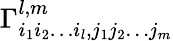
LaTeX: \Gamma_{i_{1}i_{2}\dots i_{l},j_{1}j_{2}\dots j_{m}}^{l,m}